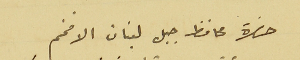
حضرة محافظ جبل لبنان الافخم